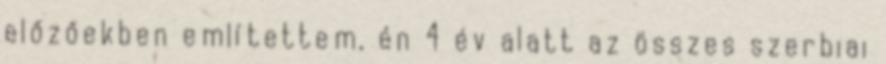
előzőekben említettem, én 4 év alatt az összes szerbiai